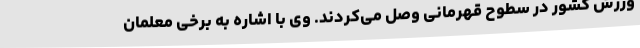
ورزش کشور در سطوح قهرمانی وصل می‌کردند. وی با اشاره به برخی معلمان